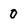
Character: 0